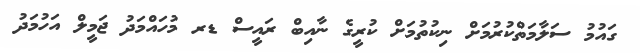
ގައުމު ސަލާމަތްކުރުމަށް ނިކުތުމަށް ކުރީގެ ނާއިބް ރައީސް ޑރ މުހައްމަދު ޖަމީލް އަހުމަދު